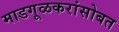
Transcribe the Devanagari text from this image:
माडगूळकरांसोबत